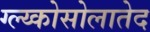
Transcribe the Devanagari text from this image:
ग्ल्य्कोसोलातेद